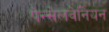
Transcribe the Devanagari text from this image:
पेन्सेलवेनियन